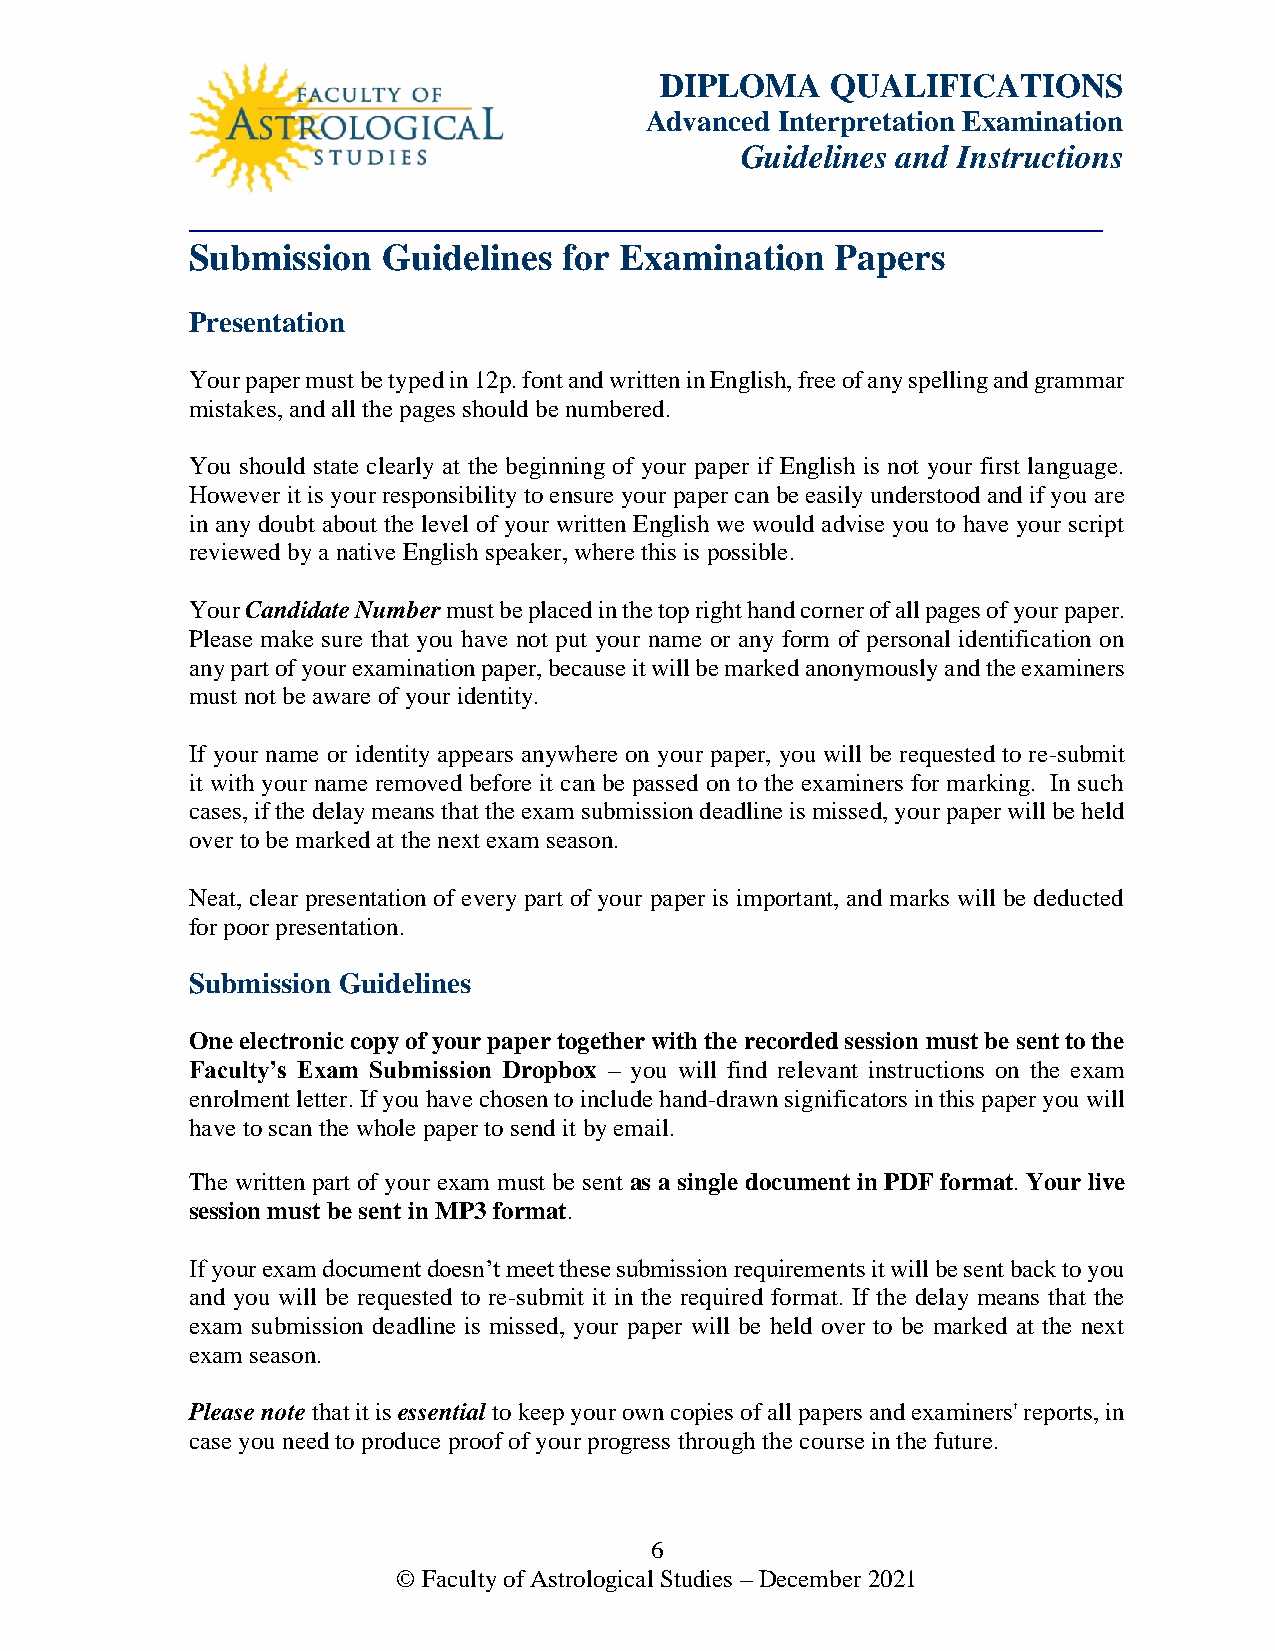
DIPLOMA    QUALIFICATIONS
 Advanced Interpretation Examination
 Guidelines and Instructions
 _______________________________________
 Submission   Guidelines  for Examination   Papers
 Presentation                     CALCULATION:          Paper
 CC1
 Your paper must be typed in 12p. font and written in English, free of any spelling and grammar
 mistakes, and all the pages should be numbered.
 You should state clearly at the beginning of your paper if English is not your first language.
 However it is your responsibility to ensure your paper can be easily understood and if you are
 in any doubt about the level of your written English we would advise you to have your script
 reviewed by a native English speaker, where this is possible.
 Your Candidate Number must be placed in the top right hand corner of all pages of your paper.
 Please make sure that you have not put your name or any form of personal identification on
 any part of your examination paper, because it will be marked anonymously and the examiners
 must not be aware of your identity.
 If your name or identity appears anywhere on your paper, you will be requested to re-submit
 it with your name removed before it can be passed on to the examiners for marking. In such
 cases, if the delay means that the exam submission deadline is missed, your paper will be held
 over to be marked at the next exam season.
 Neat, clear presentation of every part of your paper is important, and marks will be deducted
 for poor presentation.
 Submission Guidelines
 One electronic copy of your paper together with the recorded session must be sent to the
 Faculty’s Exam Submission Dropbox – you will find relevant instructions on the exam
 enrolment letter. If you have chosen to include hand-drawn significators in this paper you will
 have to scan the whole paper to send it by email.
 The written part of your exam must be sent as a single document in PDF format. Your live
 session must be sent in MP3 format.
 If your exam document doesn’t meet these submission requirements it will be sent back to you
 and you will be requested to re-submit it in the required format. If the delay means that the
 exam submission deadline is missed, your paper will be held over to be marked at the next
 exam season.
 Please note that it is essential to keep your own copies of all papers and examiners' reports, in
 case you need to produce proof of your progress through the course in the future.
 6
 © Faculty of Astrological Studies – December 2021